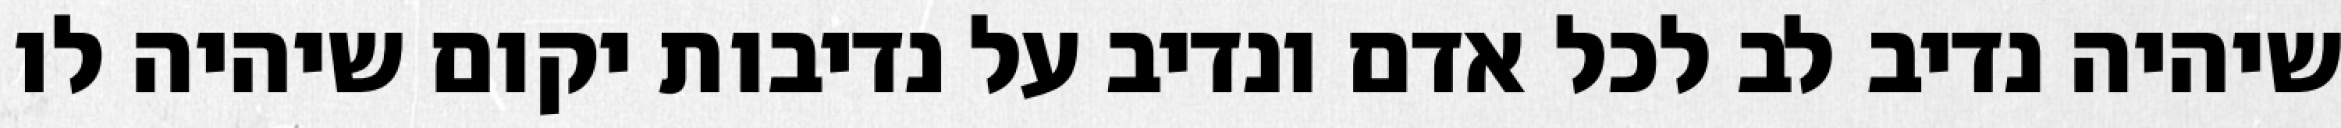
שיהיה נדיב לב לכל אדם ונדיב על נדיבות יקום שיהיה לו